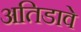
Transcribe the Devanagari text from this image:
अतिडावे